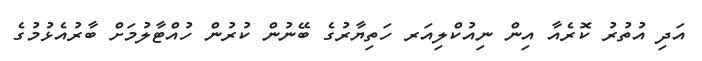
އަދި އުތުރު ކޮރެއާ އިން ނިއުކްލިއަރ ހަތިޔާރުގެ ބޭނުން ކުރުން ހުއްޓާލުމަށް ބާރުއެޅުމުގެ